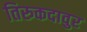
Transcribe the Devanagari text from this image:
तिरुकदावुर